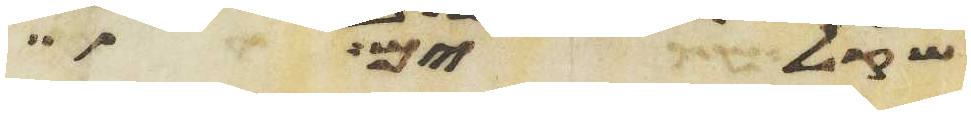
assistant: שקלים